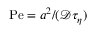
\mathrm { P e } = a ^ { 2 } / ( \mathscr { D } \tau _ { \eta } )